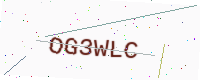
Text: OG3WLC